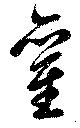
雚